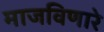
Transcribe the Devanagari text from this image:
माजविणारे